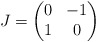
\begin{align*} J = \begin{pmatrix} 0 & -1\\ 1 & 0 \end{pmatrix} \end{align*}